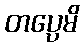
တပ္ပေမိ